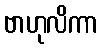
ဗာဟုလိကာ